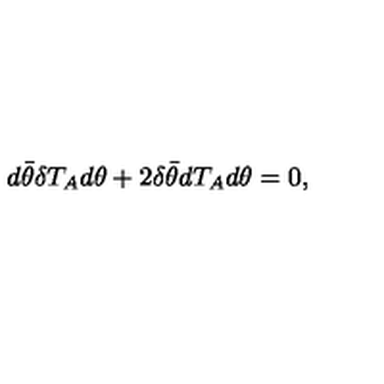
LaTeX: d \bar { \theta } \delta T _ { A } d \theta + 2 \delta \bar { \theta } d T _ { A } d \theta = 0 ,